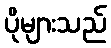
ပိုများသည်